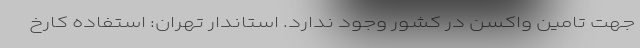
جهت تامین واکسن در کشور وجود ندارد. استاندار تهران:‌ استفاده کارخ